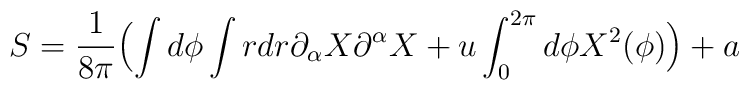
S = \frac{1}{8\pi } \Bigl( \int d\phi \int r dr \partial_{\alpha} X \partial^{\alpha} X   + u \int_{0}^{2\pi }d\phi X^{2} (\phi )\Bigr) + a